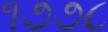
૧૭૭૮